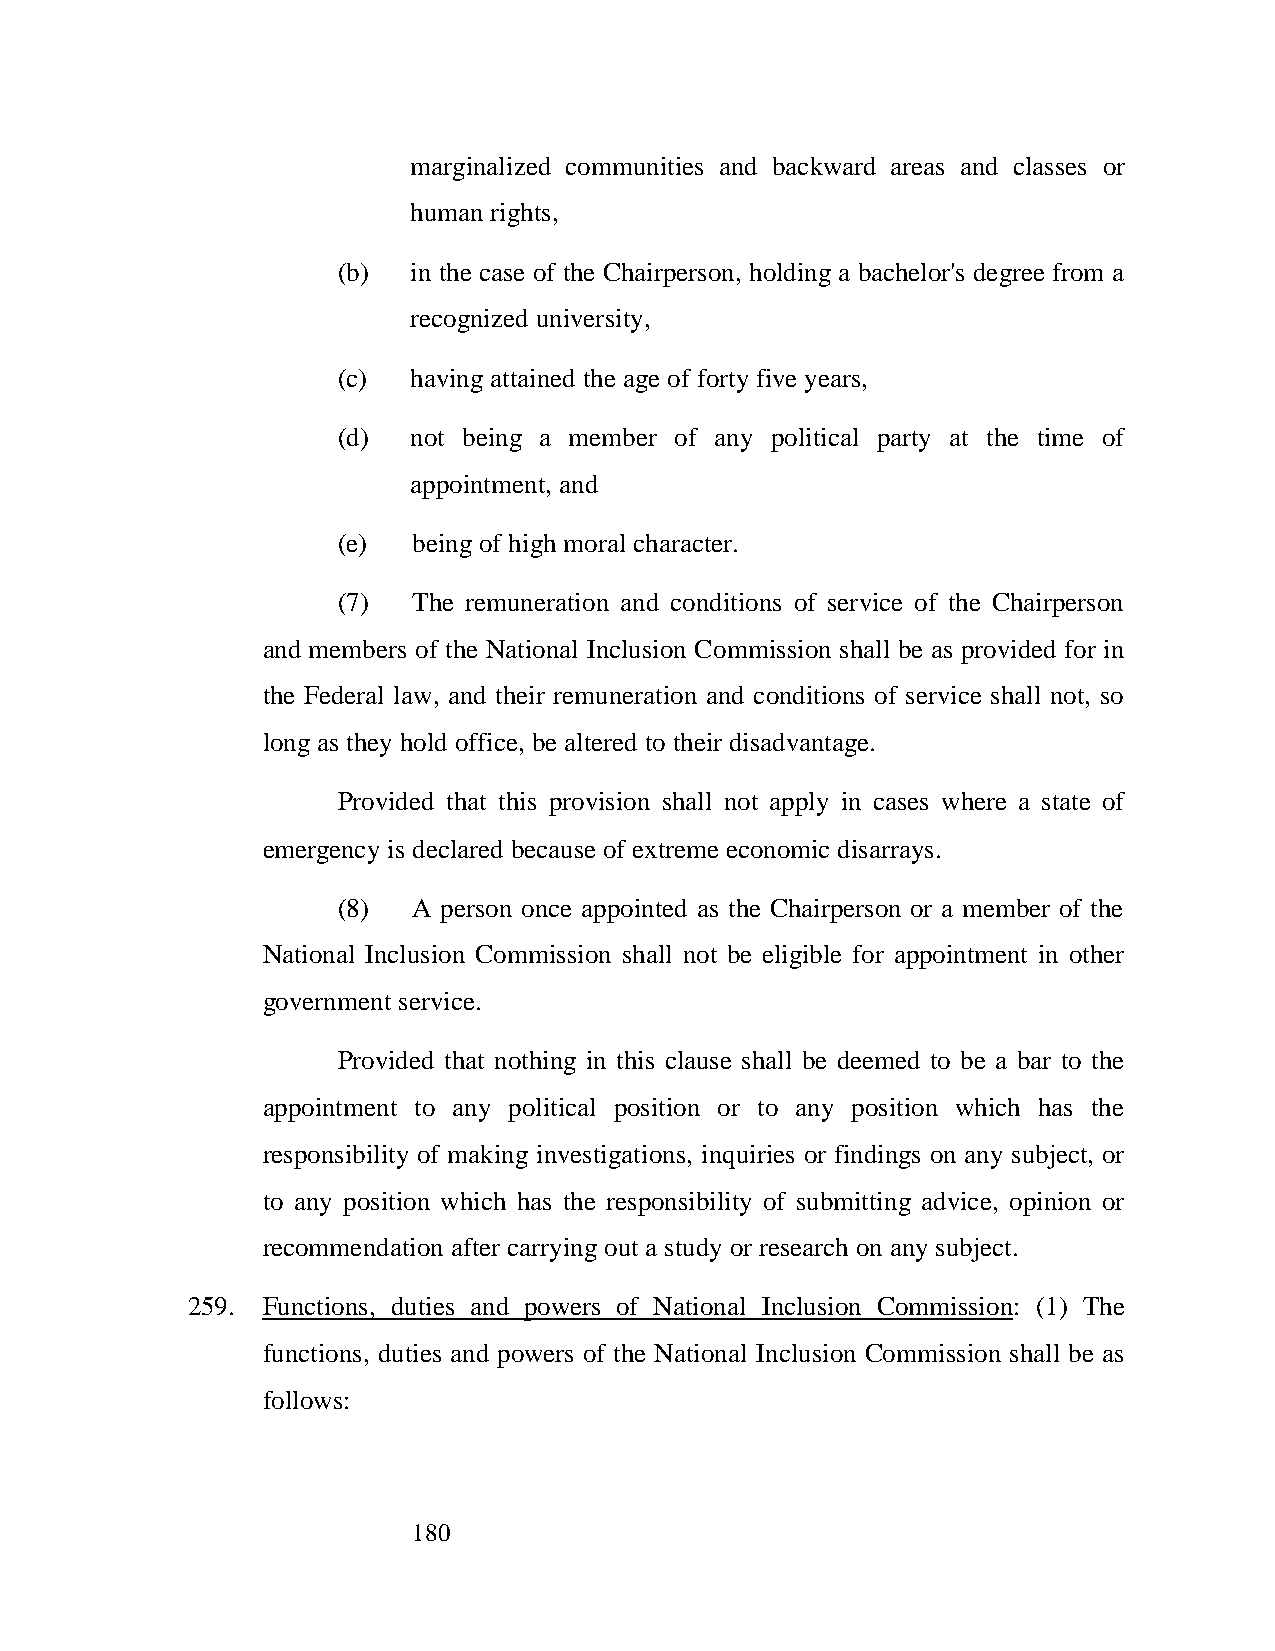
marginalized communities and backward areas and classes or
 human rights,
 (b)  in the case of the Chairperson, holding a bachelor's degree from a
 recognized university,
 (c)  having attained the age of forty five years,
 (d)  not being a member of any political party at the time of
 appointment, and
 (e)  being of high moral character.
 (7)  The remuneration and conditions of service of the Chairperson
 and members of the National Inclusion Commission shall be as provided for in
 the Federal law, and their remuneration and conditions of service shall not, so
 long as they hold office, be altered to their disadvantage.
 Provided that this provision shall not apply in cases where a state of
 emergency is declared because of extreme economic disarrays.
 (8)  A person once appointed as the Chairperson or a member of the
 National Inclusion Commission shall not be eligible for appointment in other
 government service.
 Provided that nothing in this clause shall be deemed to be a bar to the
 appointment to any political position or to any position which has the
 responsibility of making investigations, inquiries or findings on any subject, or
 to any position which has the responsibility of submitting advice, opinion or
 recommendation after carrying out a study or research on any subject.
 259. Functions, duties and powers of National Inclusion Commission: (1) The
 functions, duties and powers of the National Inclusion Commission shall be as
 follows:
 180